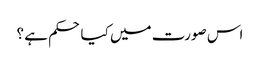
اس صورت میں کیا حکم ہے ؟